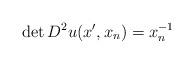
LaTeX: \begin{align*}\det D^2u(x',x_n) = x_n^{-1}\end{align*}